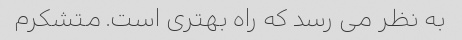
به نظر می رسد که راه بهتری است. متشکرم